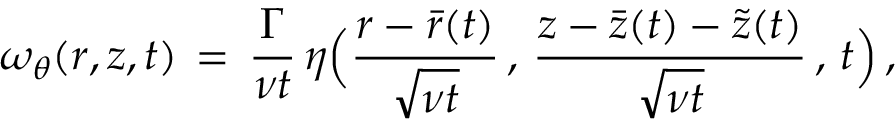
\omega _ { \theta } ( r , z , t ) \, = \, \frac { \Gamma } { \nu t } \, \eta \Bigl ( \frac { r - \bar { r } ( t ) } { \sqrt { \nu t } } \, , \, \frac { z - \bar { z } ( t ) - \tilde { z } ( t ) } { \sqrt { \nu t } } \, , \, t \Bigr ) \, ,